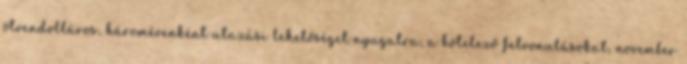
ötvendolláros, háromévenként utazási lehetőséget nyugatra, a kötelező felvonulásokat, november